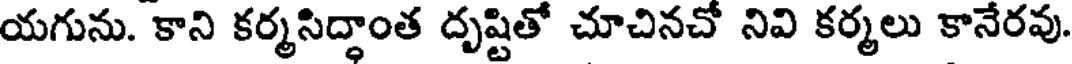
యగును. కాని కర్మసిద్ధాంత దృష్టితో చూచినచో నివి కర్మలు కానేరవు